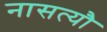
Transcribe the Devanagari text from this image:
नासत्यौ